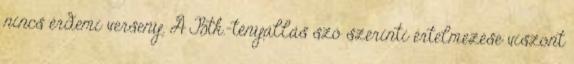
nincs érdemi verseny. A Btk.-tényállás szó szerinti értelmezése viszont